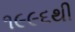
૧૯૯૬થી